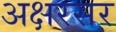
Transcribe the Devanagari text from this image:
अक्षरसर